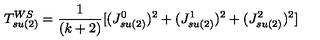
T _ { s u ( 2 ) } ^ { W S } = { \frac { 1 } { ( k + 2 ) } } [ ( J _ { s u ( 2 ) } ^ { 0 } ) ^ { 2 } + ( J _ { s u ( 2 ) } ^ { 1 } ) ^ { 2 } + ( J _ { s u ( 2 ) } ^ { 2 } ) ^ { 2 } ]